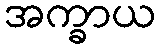
အက္ခာယ